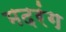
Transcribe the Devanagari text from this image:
मदरंग